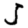
Digit: 5